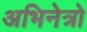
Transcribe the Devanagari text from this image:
अभिनेत्रो